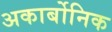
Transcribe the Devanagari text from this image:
अकार्बोनिक